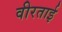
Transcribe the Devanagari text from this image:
वीरताई